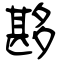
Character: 夦